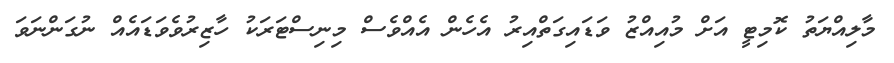
މާލިއްޔަތު ކޮމިޓީ އަށް މުއިއްޒު ވަޑައިގަތްއިރު އެހެން އެއްވެސް މިނިސްޓަރަކު ހާޒިރުވެވަޑައެއް ނުގަންނަވަ